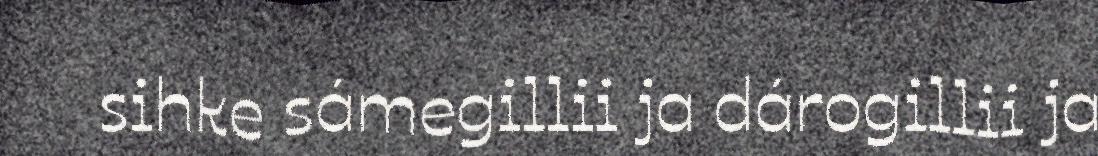
sihke sámegillii ja dárogillii ja